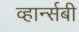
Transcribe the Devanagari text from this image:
व्हार्न्सबी